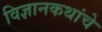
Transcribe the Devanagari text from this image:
विज्ञानकथांचे